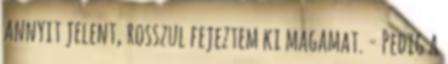
annyit jelent, rosszul fejeztem ki magamat. - Pedig a